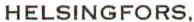
HELSINGFORS.